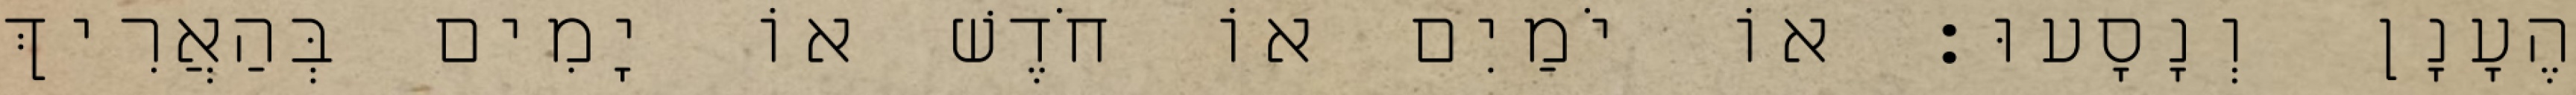
הֶעָנָן וְנָסָעוּ׃ אוֹ יֹמַיִם אוֹ חֹדֶשׁ אוֹ יָמִים בְּהַאֲרִיךְ